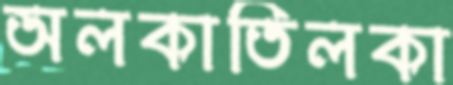
অলকাতিলকা